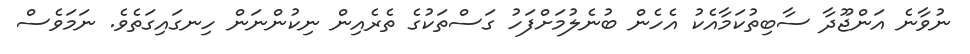
ނުވާނެ އަންޖޫދާ ސާބިތުކަމާއެކު އެހެން ބުނެލުމަށްފަހު ގަސްތަކުގެ ތެރެއިން ނިކުންނަން ހިނގައިގަތެވެ. ނަމަވެސް